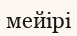
мейірі